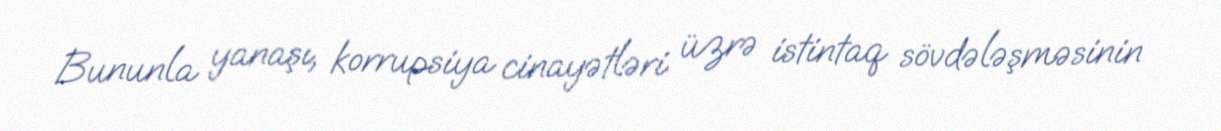
Bununla yanaşı, korrupsiya cinayətləri üzrə istintaq sövdələşməsinin